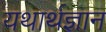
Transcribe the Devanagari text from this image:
यथार्थज्ञान